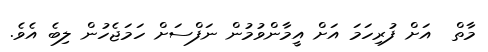
މާތް  އަށް ފުރިހަމަ އަށް އީމާންވުމުން ނަފްސަށް ހަމަޖެހުން ލިބެ އެވެ.